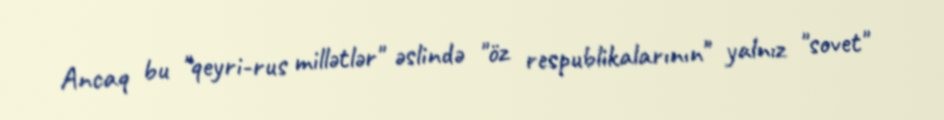
Ancaq bu "qeyri-rus millətlər" əslində "öz respublikalarının" yalnız "sovet"